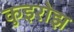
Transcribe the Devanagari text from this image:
कुइरोझ